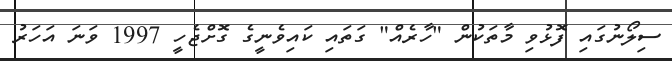
ސިލޯނުގައި ފޮޅުވި މާތަކުން "ހާރެއް" ގަތައި ކައިވެނީގެ ގޮށްޖެހީ 1997 ވަނަ އަހަރު